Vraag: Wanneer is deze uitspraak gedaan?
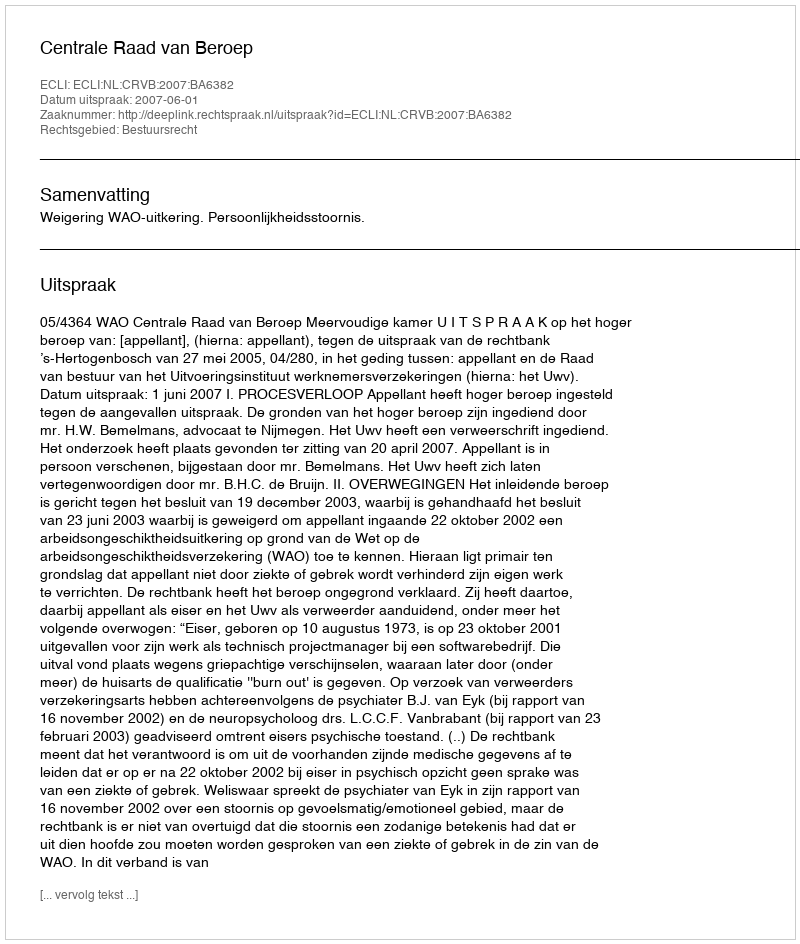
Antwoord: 2007-06-01